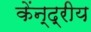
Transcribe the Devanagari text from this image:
केंन्‍द्रीय